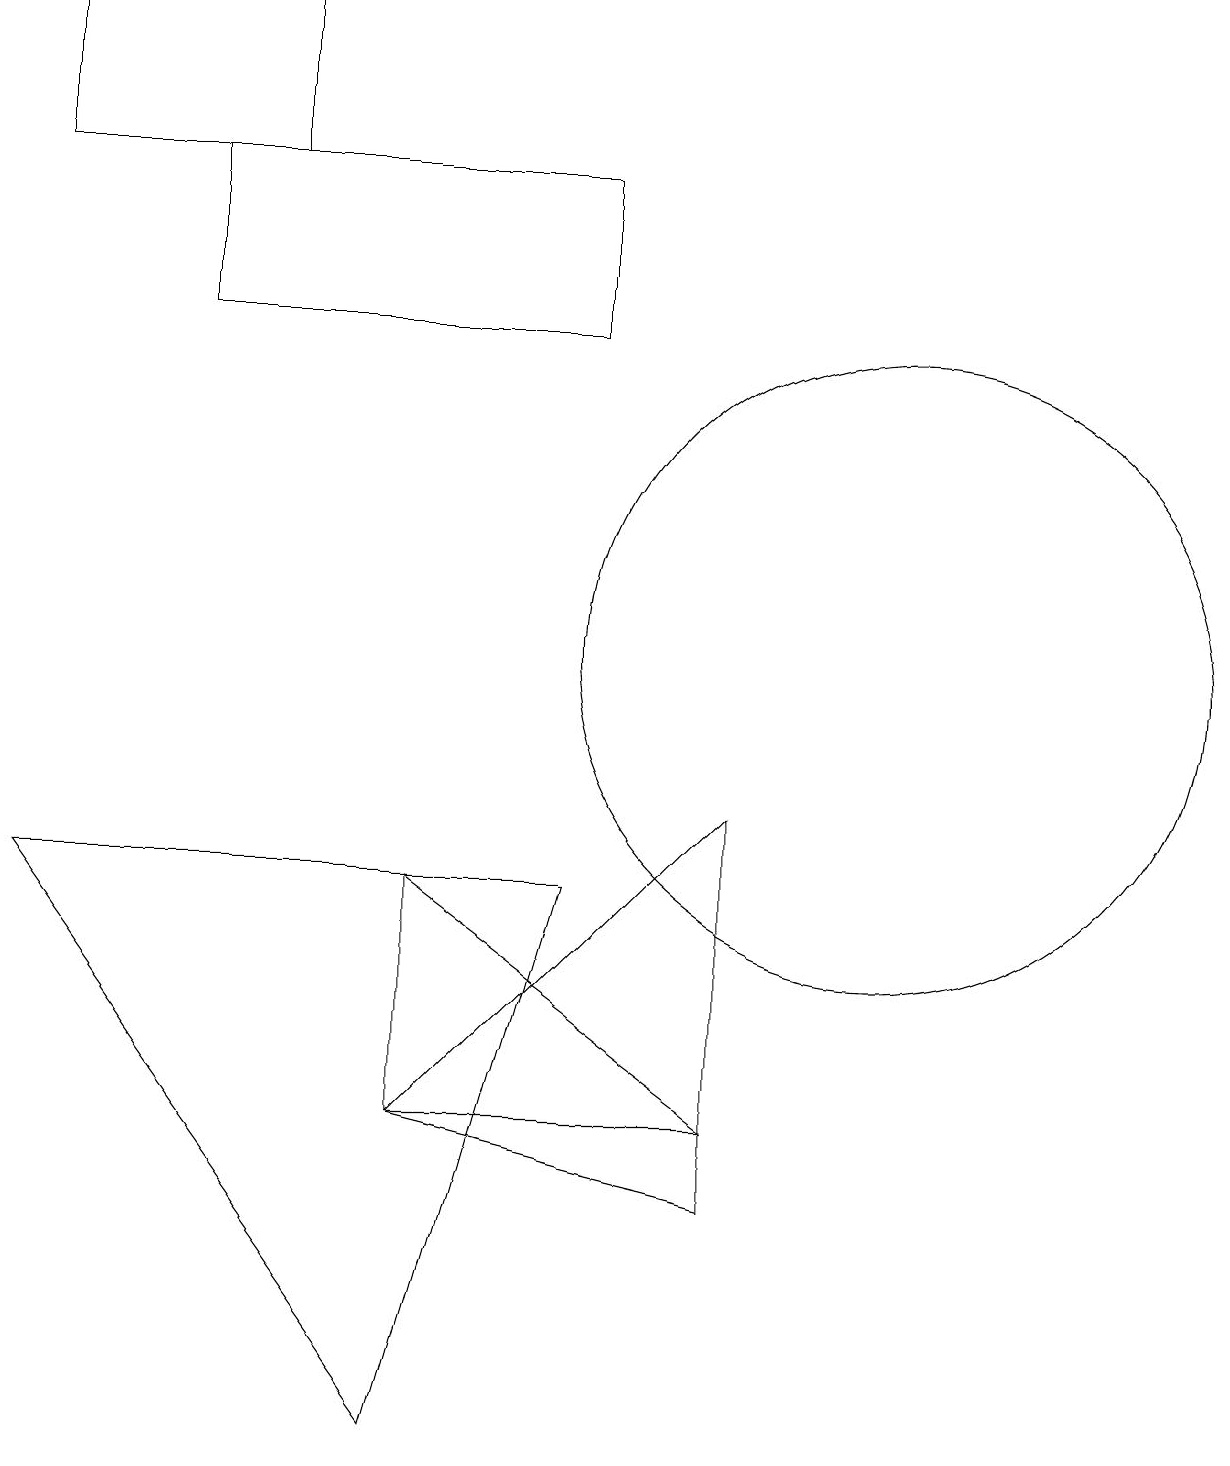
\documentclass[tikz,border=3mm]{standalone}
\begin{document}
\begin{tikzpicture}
\draw (9,4) -- (5,7) -- (5,4) -- cycle;
\draw (3,16) rectangle (0,18);
\draw (5,4) -- (9,3) -- (9,8) -- cycle;
\draw (5,0) -- (7,7) -- (0,7) -- cycle;
\draw (11,10) circle (4);
\draw (7,14) rectangle (2,16);
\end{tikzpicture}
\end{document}